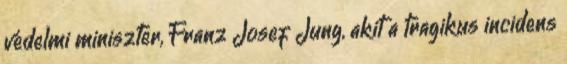
védelmi miniszter, Franz Josef Jung, akit a tragikus incidens